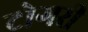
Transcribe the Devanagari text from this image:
टोगरी